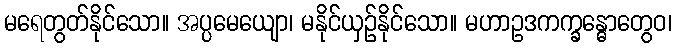
မရေတွတ်နိုင်သော။ အပ္ပမေယျော၊ မနိုင်ယှဉ်နိုင်သော။ မဟာဥဒကက္ခန္ဓောတွေဝ၊